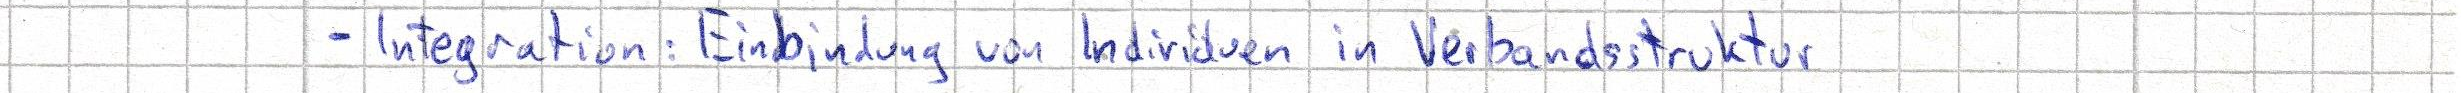
- Integration: Einbindung von Individuen in Verbandsstruktur